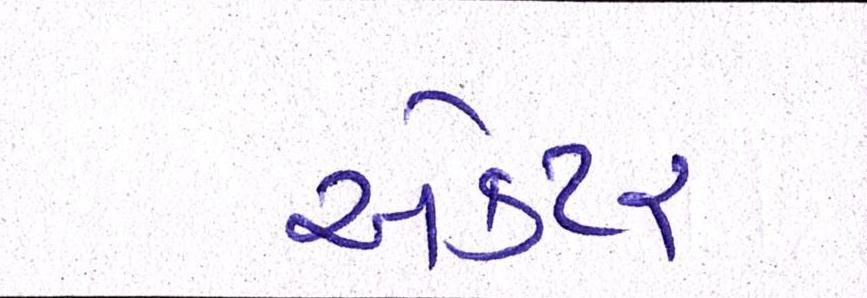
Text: ઍક્ટર